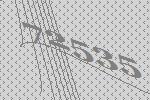
72535